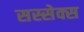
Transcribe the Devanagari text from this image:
सस्सेक्स